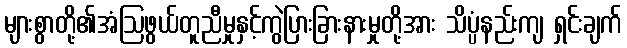
များစွာတို့၏အံဩဖွယ်တူညီမှုနှင့်ကွဲပြားခြားနားမှုတို့အား သိပ္ပံနည်းကျ ရှင်းချက်